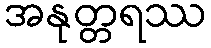
အနုတ္တရဿ